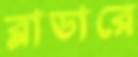
ব্লাডারে